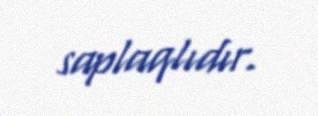
saplaqlıdır.